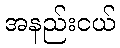
အနည်းငယ်